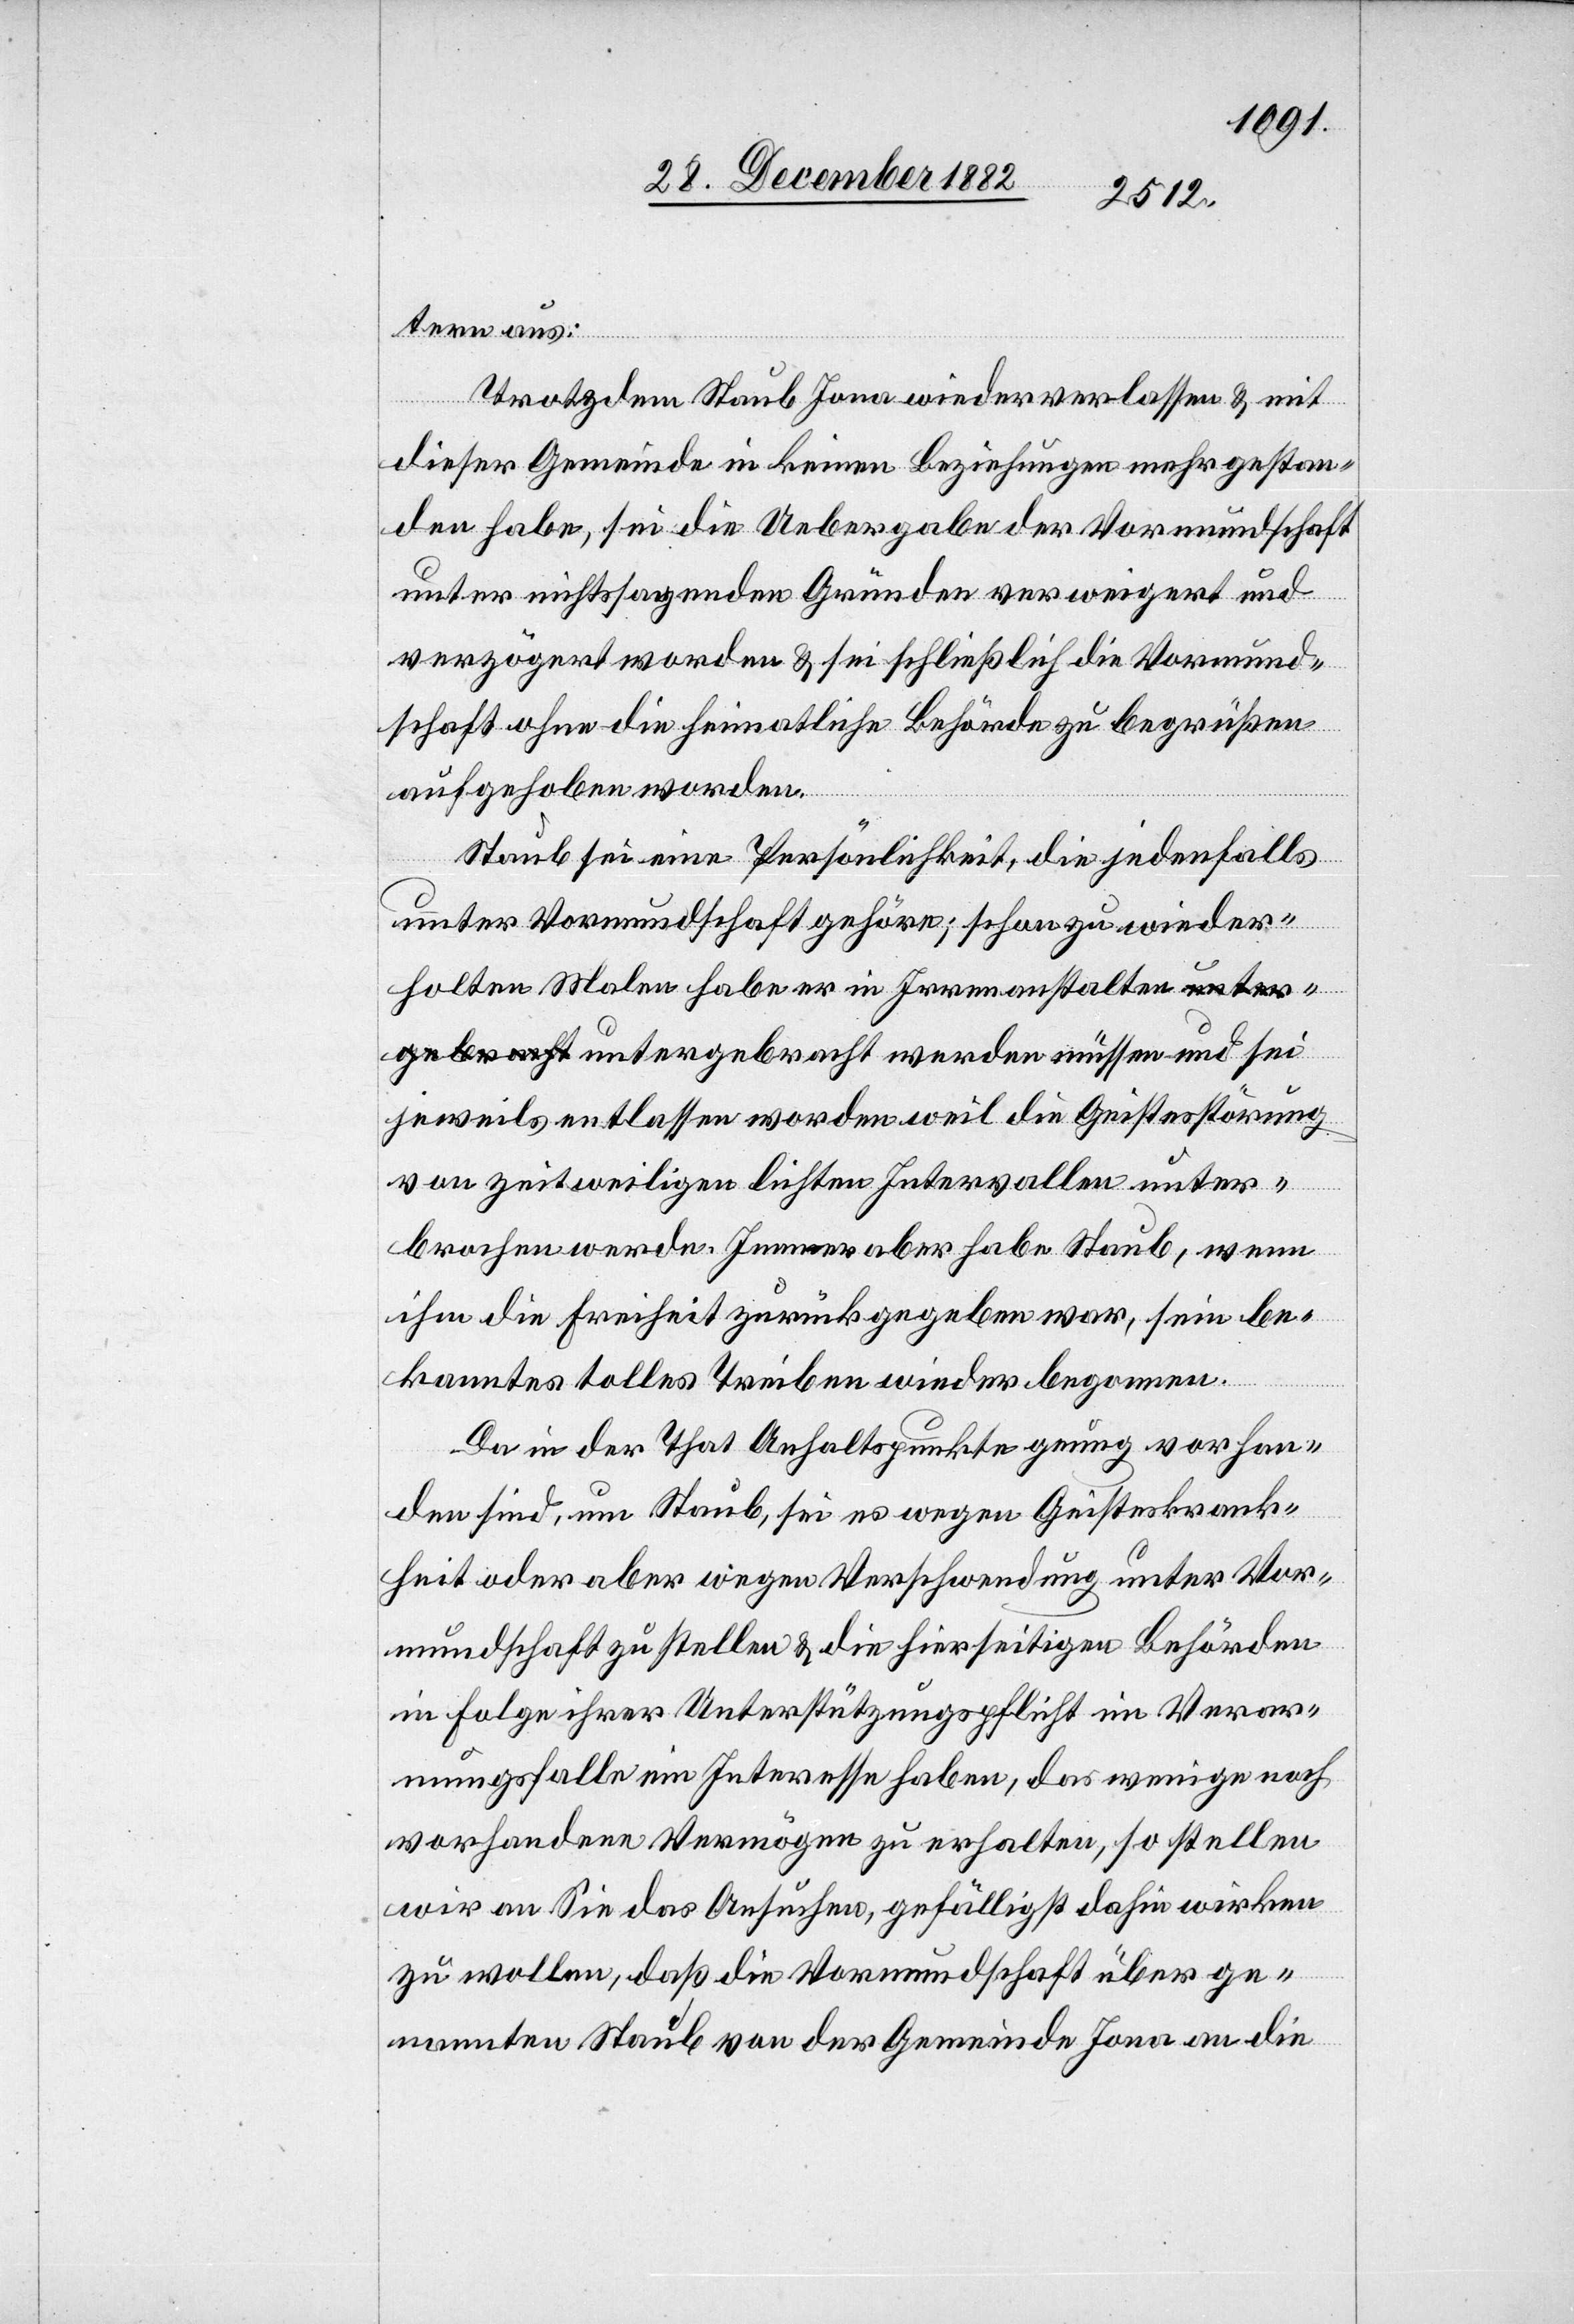
gebracht
tern aus:
Trotzdem Staub Jona wieder verlassen & mit
dieser Gemeinde in keinen Beziehungen mehr gestan¬
den habe, sei die Uebergabe der Vormundschaft
unter nichtssagenden Gründen verweigert und
verzögert worden & sei schließlich die Vormund¬
schaft ohne die heimatliche Behörde zu begrüßen
aufgehoben worden.
Staub sei eine Persönlichkeit, die jedenfalls
unter Vormundschaft gehöre; schon zu wieder¬
holten Malen habe er in Irrenanstalten unter¬
jeweils entlassen worden weil die Geistesstörung
von zeitweiligen lichten Intervallen unter¬
brochen werde. Immer aber habe Staub, wenn
ihm die Freiheit zurückgegeben war, sein be¬
kanntes tolles Treiben wieder begonnen.
Da in der That Anhaltspunkte genug vorhan¬
den sind, um Staub, sei es wegen Geisteskrank¬
heit oder aber wegen Verschwendung unter Vor¬
mundschaft zu stellen & die hierseitigen Behörden
in Folge ihrer Unterstützungspflicht im Verar¬
mungsfalle ein Interesse haben, das weniger noch
vorhandene Vermögen zu erhalten, so stellen
wir an Sie das Ansuchen, gefälligst dahin wirken
zu wollen, daß die Vormundschaft über ge¬
nannten Staub von der Gemeinde Jona an die